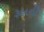
રૂહાની